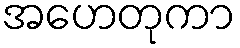
အဟေတုကာ